Ernst_Jaakson, lk 63
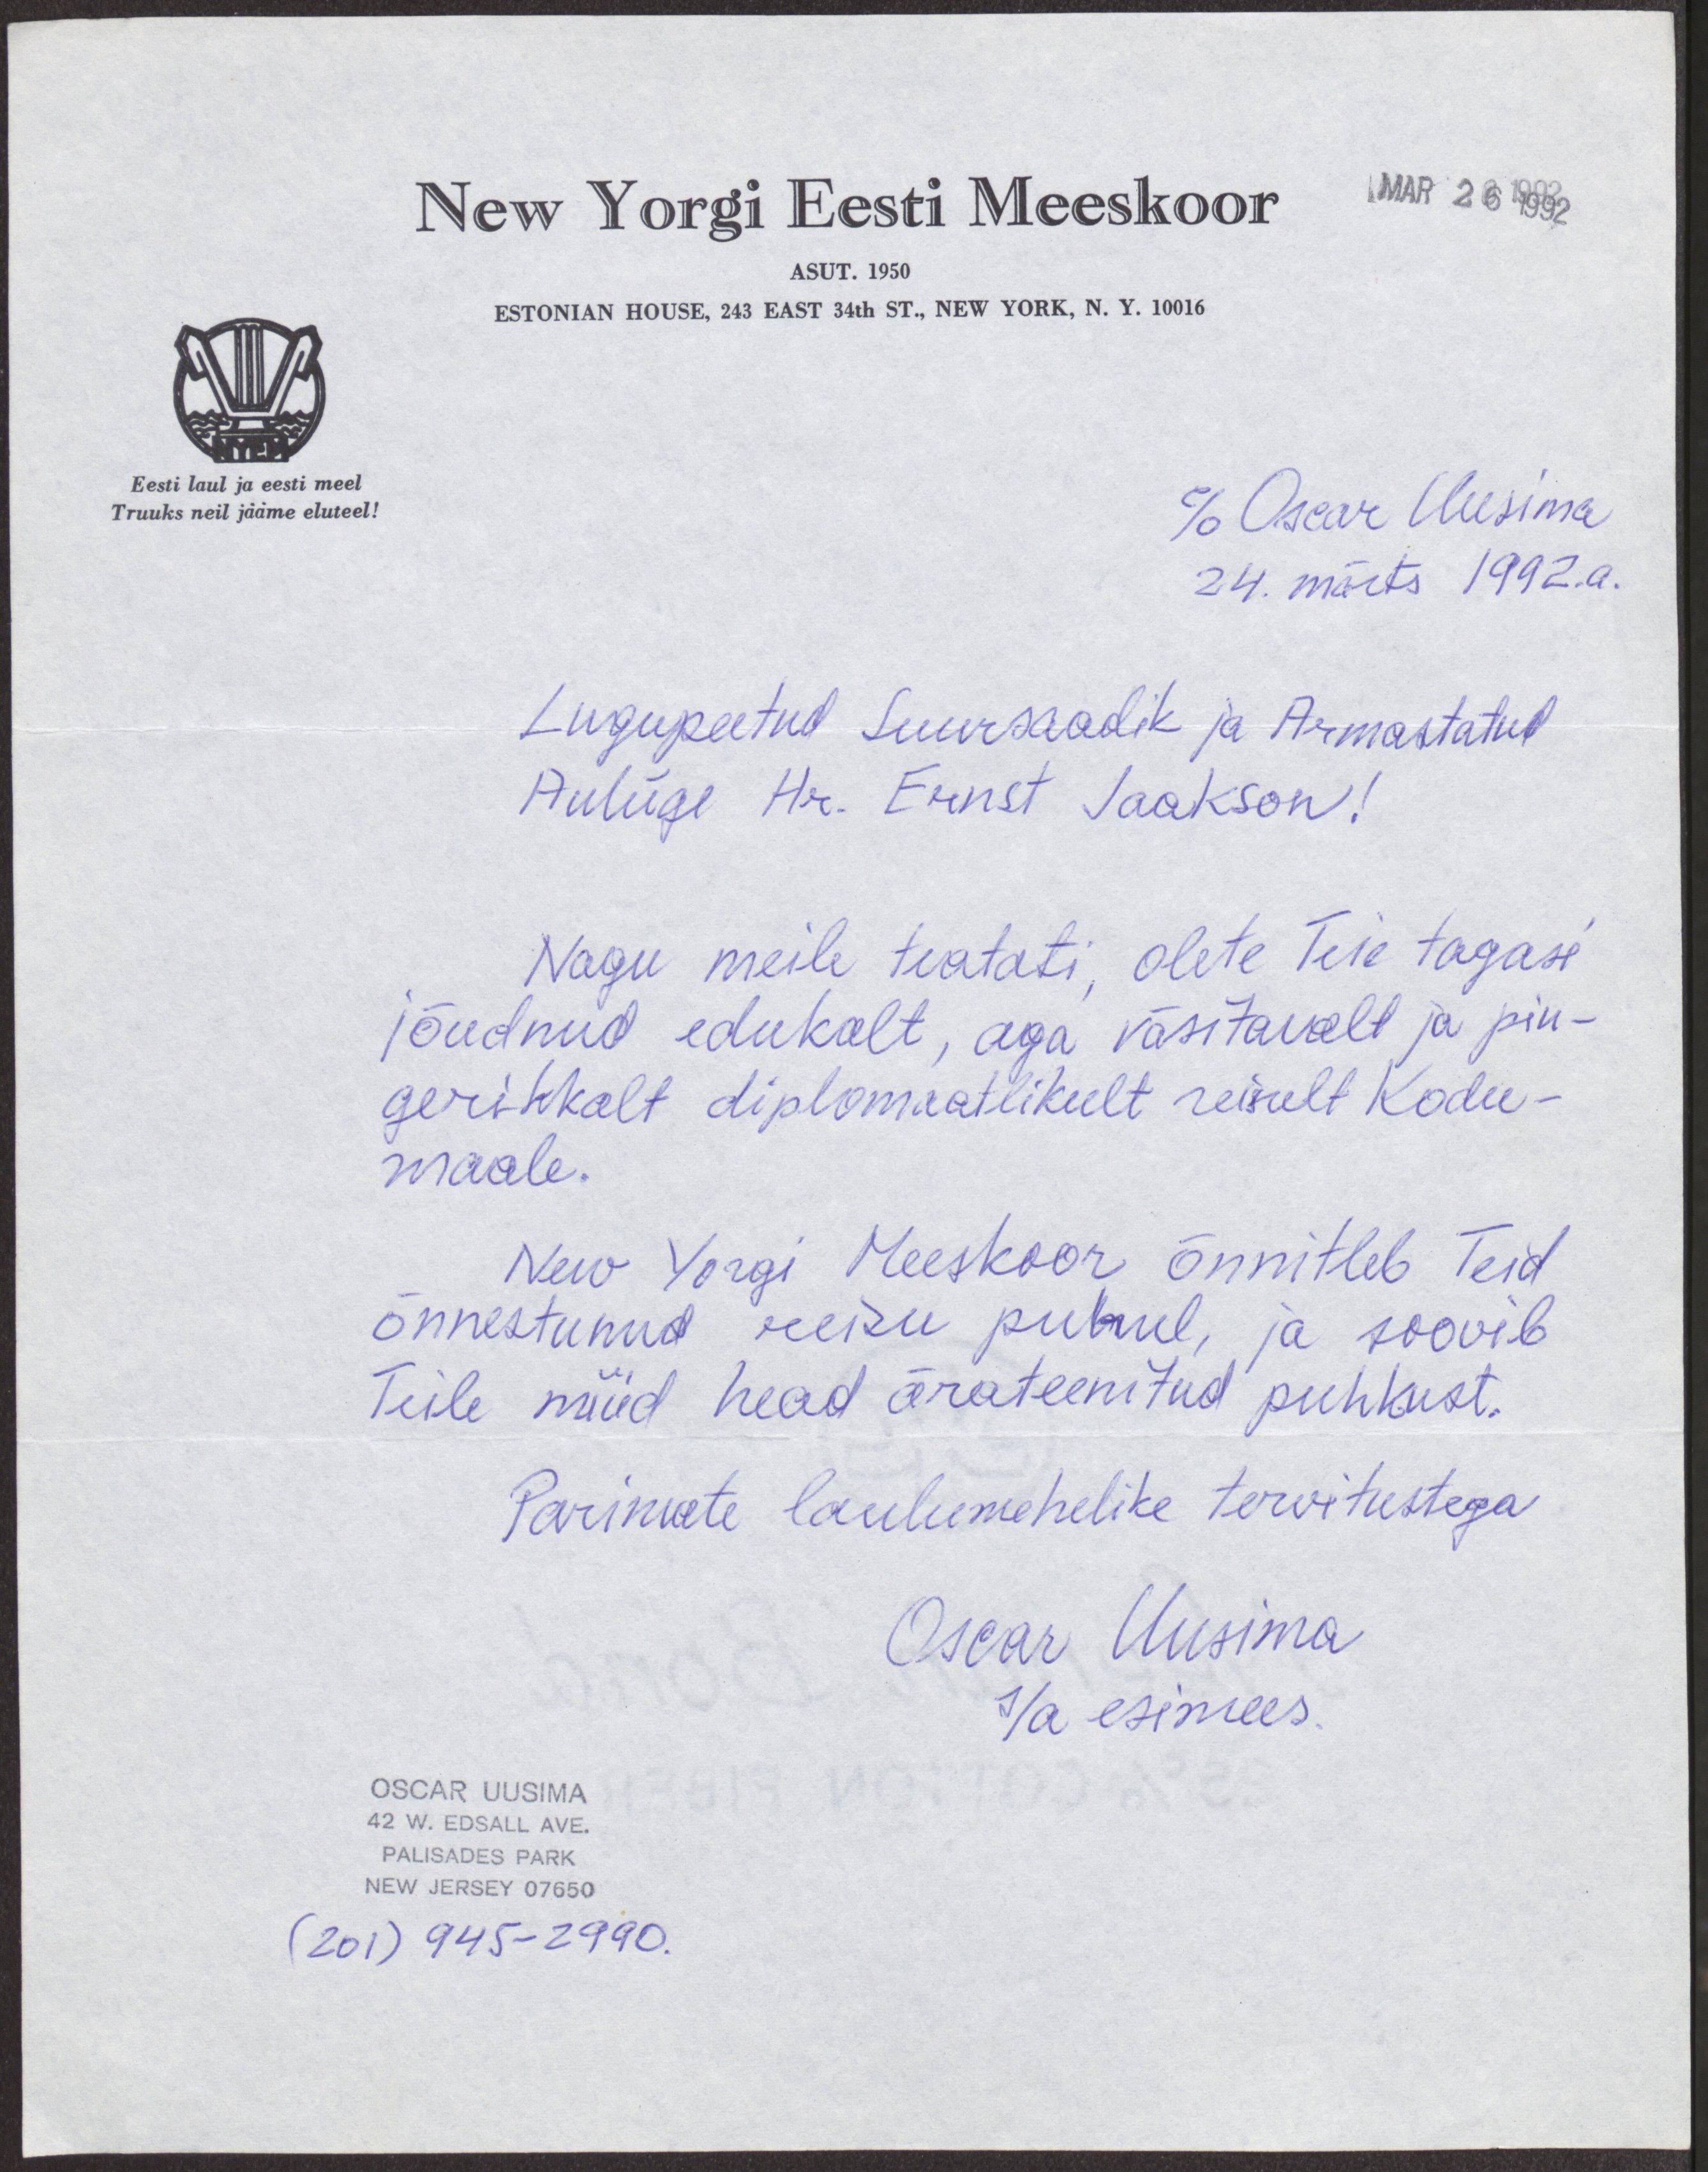
New Yorgi Eesti Meeskoor
MAR 26 1992
ASUT. 1950
ESTONIAN HOUSE, 243 EAST 34th ST., NEW YORK, N. Y. 10016
Eesti laul ja eesti meel
Truuks neil jääme eluteel!
c/o Oscar Uusima
24. märts 1992. a.
Lugupeetud Suursaadik ja Armastatud
Auliige Hr. Ernst Jaakson!
Nagu meile teatati, olete Teie tagasi
jõudnud edukalt, aga väsitavalt ja pin-
gerikkalt diplomaatlikult reisult Kodu-
maale.
New Yorgi Meeskoor õnnitleb Teid
õnnestunud reisu puhul, ja soovib
Teile nüüd head ärateenitud puhkust.
Parimate laulumehelike tervitustega
Oscar Uusima
s/a esimees.
OSCAR Uusima
42 W. EDSALL AVE.
PALISADES PARK
NEW JERSEY 07650
(201) 945-2990.